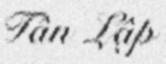
Tân Lập